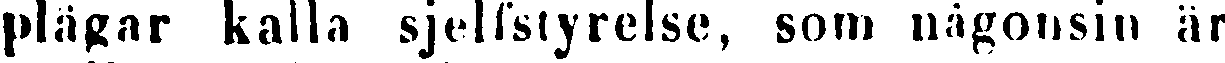
plägar kalla sjelfstyrelse, som någonsin är